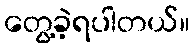
တွေ့ခဲ့ရပါတယ်။